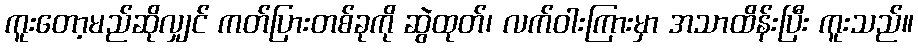
ကူးတော့မည်ဆိုလျှင် ကတ်ပြားတစ်ခုကို ဆွဲထုတ်၊ လက်ဝါးကြားမှာ အသာထိန်းပြီး ကူးသည်။